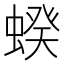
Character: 𧍜